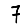
Digit: 7